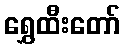
ရွှေထီးတော်